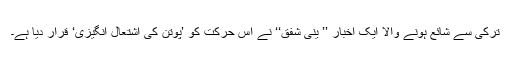
ترکی سے شائع ہونے والا ایک اخبار ’’ ینی شفق‘‘ نے اِس حرکت کو ’پوتن کی اشتعال انگیزی‘ قرار دیا ہے۔